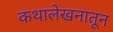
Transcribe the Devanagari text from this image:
कथालेखनातून